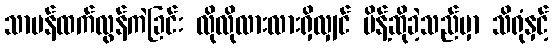
သာမန်ထက်လွန်ကဲခြင်း လိုလိုလားလားရှိလျှင် မိန့်ဆိုခဲ့သည်မှာ သိရုံနှင့်